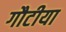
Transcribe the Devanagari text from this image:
गौटीया